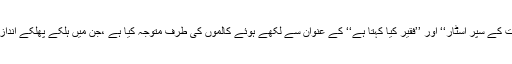
ایک بزرگ کالم نگار نے ’’روحانیت کے سپر اسٹار‘‘ اور ’’فقیر کیا کہتا ہے‘‘ کے عنوان سے لکھے ہوئے کالموں کی طرف متوجہ کیا ہے ،جن میں ہلکے پھلکے انداز میں کچھ سوالات اٹھائے گئے ہیں۔